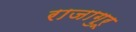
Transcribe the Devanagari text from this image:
राजागुरू